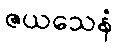
ဇယသေနံ